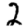
Digit: 2